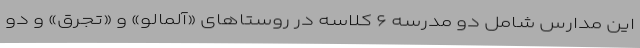
این مدارس شامل دو مدرسه ۶ کلاسه در روستاهای «آلمالو» و «تجرق» و دو